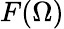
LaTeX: F(\Omega)